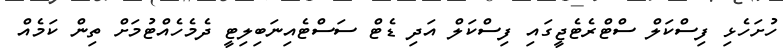
ހުށަހެޅި ފިސްކަލް ސްޓްރެޓެޖީގައި ފިސްކަލް އަދި ޑެޓް ސަސްޓެއިނަބިލިޓީ ދެމެހެއްޓުމަށް ތިން ކަމެއް